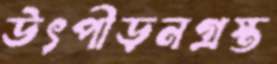
উৎপীড়নগ্রস্ত